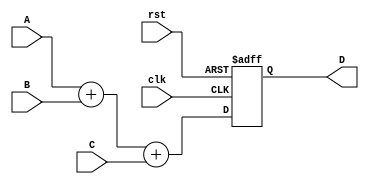
`timescale 1ns / 1ps

module adder3 #
(
    parameter N = 16
)
(
    input                   clk,
    input                   rst,
    input       [N-1:0]     A,
    input       [N-1:0]     B,
    input       [N-1:0]     C,
    output reg  [N-1:0]     D
);

    always @ (posedge clk or posedge rst) begin
        if(rst) begin
            D = 0;
        end
        else begin
            D = A + B + C;
        end
    end

endmodule